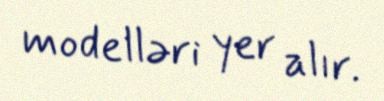
modelləri yer alır.